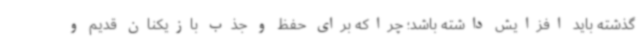
گذشته باید افزایش داشته باشد؛ چراکه برای حفظ و جذب بازیکنان قدیم و